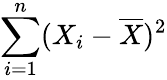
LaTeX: \sum_{i=1}^{n}(X_{i}-{\overline{{X}}})^{2}